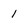
Character: 1